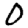
Digit: 0